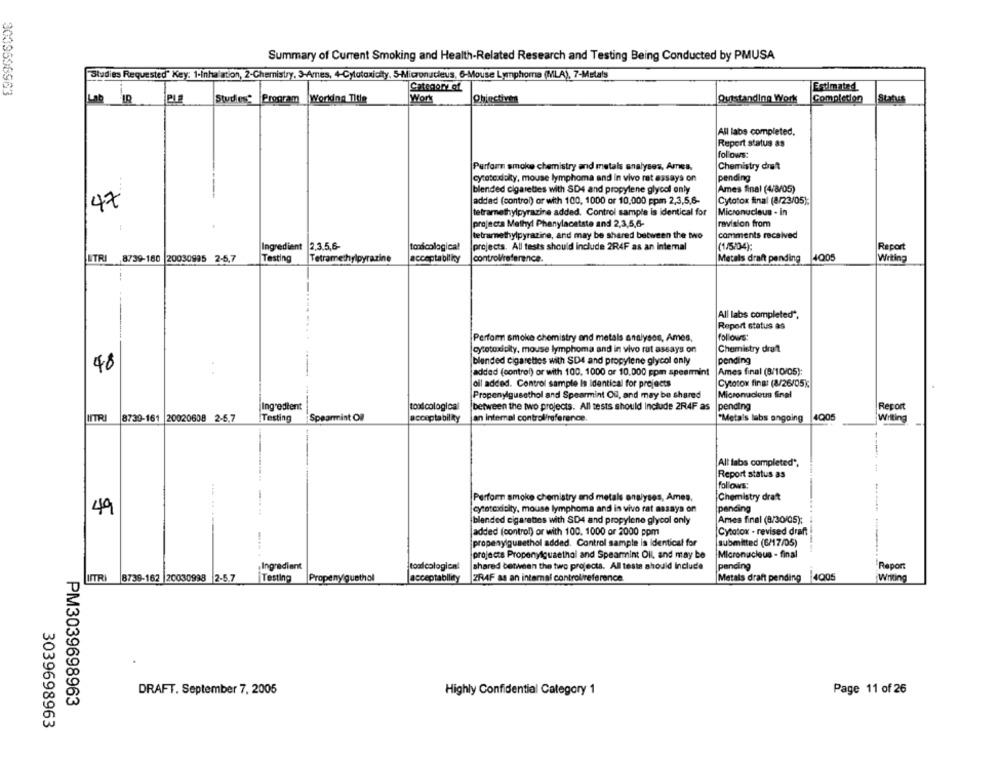
Summary of Current Smoking and Health-Related Research and Testing Being Conducted by PMUSA
Studies Requested" Key: 1-Inhalation, 2-Chemistry, 3-Ames, 4-Cytotoxicity, 5-Micronucleus, 6-Mouse Lymphoma (MLA), 7-Metals
Category of
Estimated
Lab
Program Working Title
Work
Objectives
Outstanding Work
Completion
Status
All labs completed.
Report status as
follows:
Perform smoke chemistry and metals analyses, Ames.
Chemistry diet
cytotoxicity, mouse lymphoma and in vivo rat essays on
pending
blended cigarettes with SD4 and propylene glycol only
Ames final (4/8/05)
47
addad (control) or with 100, 1000 or 10,000 ppm 2,3,5,6-
Cytotox final (8/23/05);
tetramethylpyrazine added. Control sample is identical for
Micronucleus - in
projects Methyl Phenylacetate and 2,3,5,6-
revision from
tetramethylpyrazine, and may be shared between the two
comments received
Ingredient
2.3.5,6-
tonácologica!
projects. All tests should include 2R4F as an intemal
(1/5/04);
Report
LTRI 8739-180 20030995 2-5,7
Testing
Tetrame:hylpyrazine
controlreference
Metals draft pending
4005
Writing
All labs completed",
Report status as
follows:
Perfom smoke chemistry and metals analyses, Ames,
cytotoxicity, mouse lymphoma and in vivo rat assays on
Chemistry drat
48
blended cigarettes with SD4 and propylene glycol only
pending
added (control) or with 100, 1000 or 10.000 gpm spearmint
Ames final (8/10/05):
oil added. Control sample Is Identical for projects
Cytotos fing: (8/26/05);
Propenylgusethol and Spearmint Of, and may be shared
Micronacious final
Ingredient
toxicological
between the two projects. All tests should Include 2R4F as
pending
Report
INTR
8739-161 20020608 2-5,7
Testing
Spearmint O
acceptability
jan internal control/reference
"Metals labs ongoing
4005
Wilting
Alt labs completed",
Report status as
follows:
Perform smoke chemistry and metals analyses, Ames,
Chemistry draft
49
cytotoxicity, mouse lymphoma and in vivo rat assays on
pending
blended cigarettes with SD4 and propylene glycol only
Ames final (8/30/05);
added (control) or with 100, 1000 or 2000 ppm
Cytotox - revised draft
propenyiguaethol added. Control sample is Identical for
submitted (6/17/05)
projects Propenyiguaethol and Spearmint Oil, and may be
Micronucleus - final
Ingredient
toadcological
shared between the two projects. All teste should Include
pending
Report
IITR
8739-162 20030998 2-5.7
Testing
Propeny quethol
acceptability
ZRAF as an internal control/reference
Metals draft pending 4Q05
Writing
DRAFT. September 7, 2005
Highly Confidential Category 1
Page 11 of 26
PM3039698963
3039698963